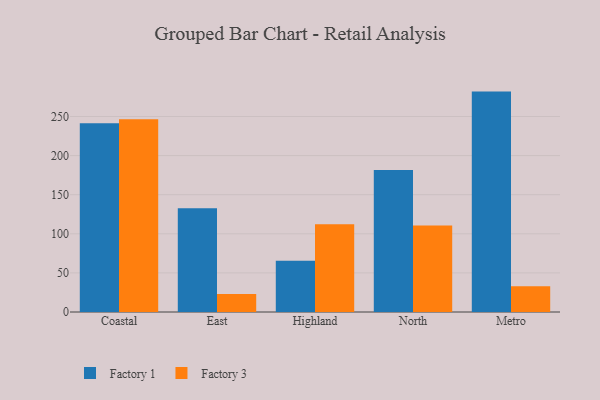
{"axis": {"x": "Region", "y": "Active Users"}, "legend": ["Factory 1", "Factory 3"], "data": [{"x": "Coastal", "y": 241.4, "type": "Factory 1"}, {"x": "Coastal", "y": 246.3, "type": "Factory 3"}, {"x": "East", "y": 132.6, "type": "Factory 1"}, {"x": "East", "y": 23.1, "type": "Factory 3"}, {"x": "Highland", "y": 65.5, "type": "Factory 1"}, {"x": "Highland", "y": 112.1, "type": "Factory 3"}, {"x": "North", "y": 181.5, "type": "Factory 1"}, {"x": "North", "y": 110.5, "type": "Factory 3"}, {"x": "Metro", "y": 281.8, "type": "Factory 1"}, {"x": "Metro", "y": 32.9, "type": "Factory 3"}]}